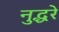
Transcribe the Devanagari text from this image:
नुद्धरे